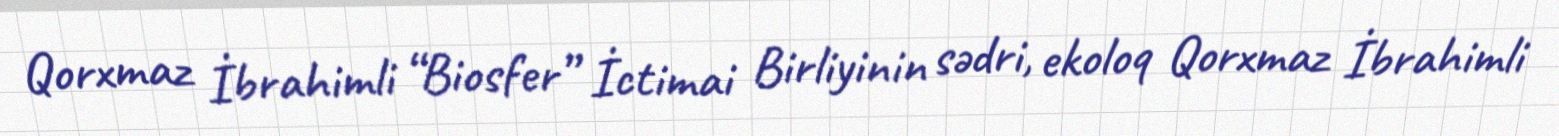
Qorxmaz İbrahimli “Biosfer” İctimai Birliyinin sədri, ekoloq Qorxmaz İbrahimli